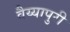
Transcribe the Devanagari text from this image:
वैय्यापुरी